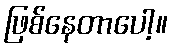
ဖြစ်နေတာပေါ့။